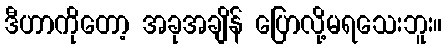
ဒီဟာကိုတော့ အခုအချိန် ပြောလို့မရသေးဘူး။